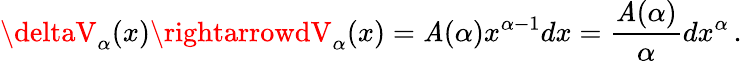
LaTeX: \deltaV_{\alpha}(x)\rightarrowdV_{\alpha}(x)=\mathit{A}(\alpha)x^{\alpha-1}dx=\frac{{\mathit{A}(\alpha)}}{{\alpha}}dx^{\alpha}\, .